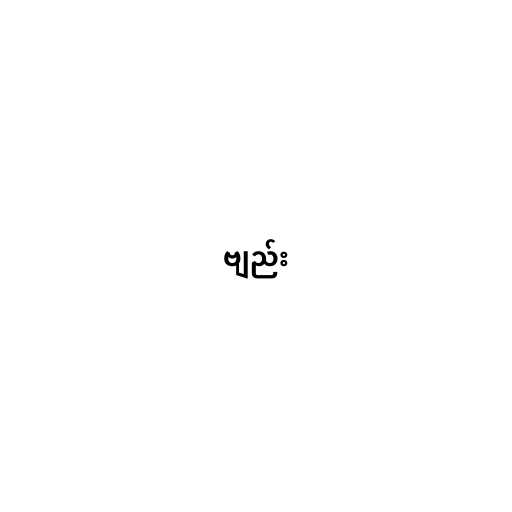
ဗျည်း